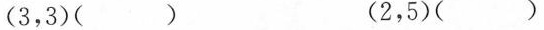
(3，3)() (2，5)()